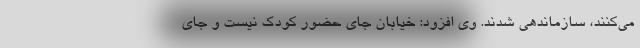
می‌کنند، سازماندهی شدند. وی افزود: خیابان جای حضور کودک نیست و جای